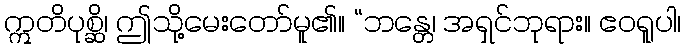
ဣတိပုစ္ဆိ၊ ဤသို့မေးတော်မူ၏။ “ဘန္တေ၊ အရှင်ဘုရား။ ဧဝရူပါ၊